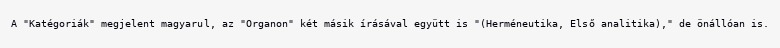
A "Katégoriák" megjelent magyarul, az "Organon" két másik írásával együtt is "(Herméneutika, Első analitika)," de önállóan is.